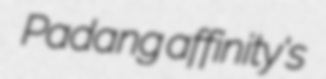
Padang affinity's